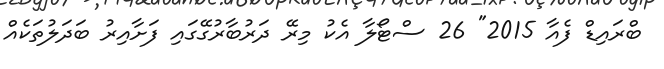
ބްރައިޑް ފެއާ 2015" 26 ސްޓޯލާ އެކު މިރޭ ދަރުބާރުގޭގައި ފަށާއިރު ބަދަލުތަކެއް